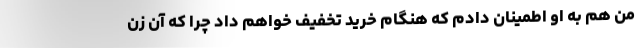
من هم به او اطمینان دادم که هنگام خرید تخفیف خواهم داد چرا که آن زن